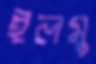
ইলমু